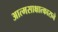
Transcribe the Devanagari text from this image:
आत्मसाक्षात्काराने